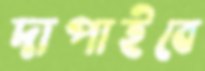
দাপাইবে